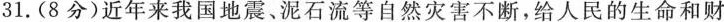
31.（8分）近年来我国地震、泥石流等自然灾害不断，给人民的生命和财